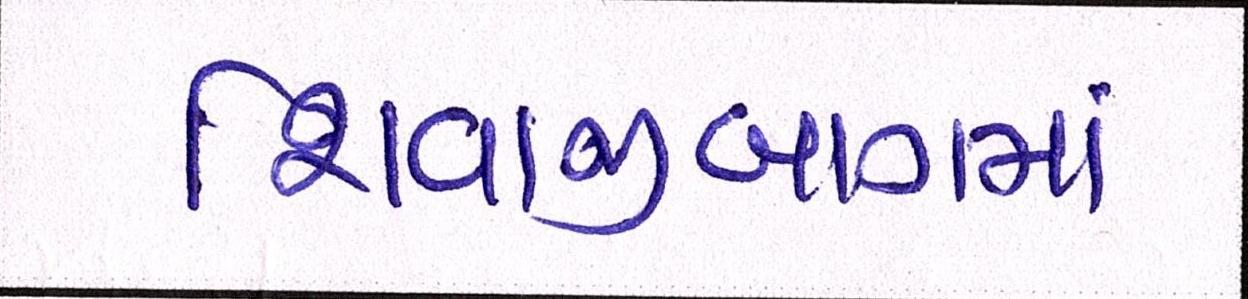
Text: શિવાજીબાગમાં